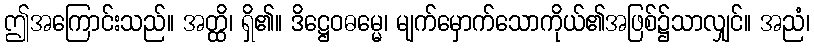
ဤအကြောင်းသည်။ အတ္ထိ၊ ရှိ၏။ ဒိဋ္ဌေဝဓမ္မေ၊ မျက်မှောက်သောကိုယ်၏အဖြစ်၌သာလျှင်။ အညံ၊